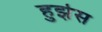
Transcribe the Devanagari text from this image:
हुझेस